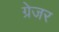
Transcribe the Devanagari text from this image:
ग्रेजर